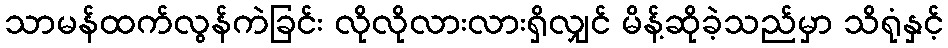
သာမန်ထက်လွန်ကဲခြင်း လိုလိုလားလားရှိလျှင် မိန့်ဆိုခဲ့သည်မှာ သိရုံနှင့်